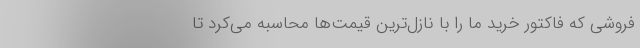
فروشی که فاکتور خرید ما را با نازل‌ترین قیمت‌ها محاسبه می‌کرد تا